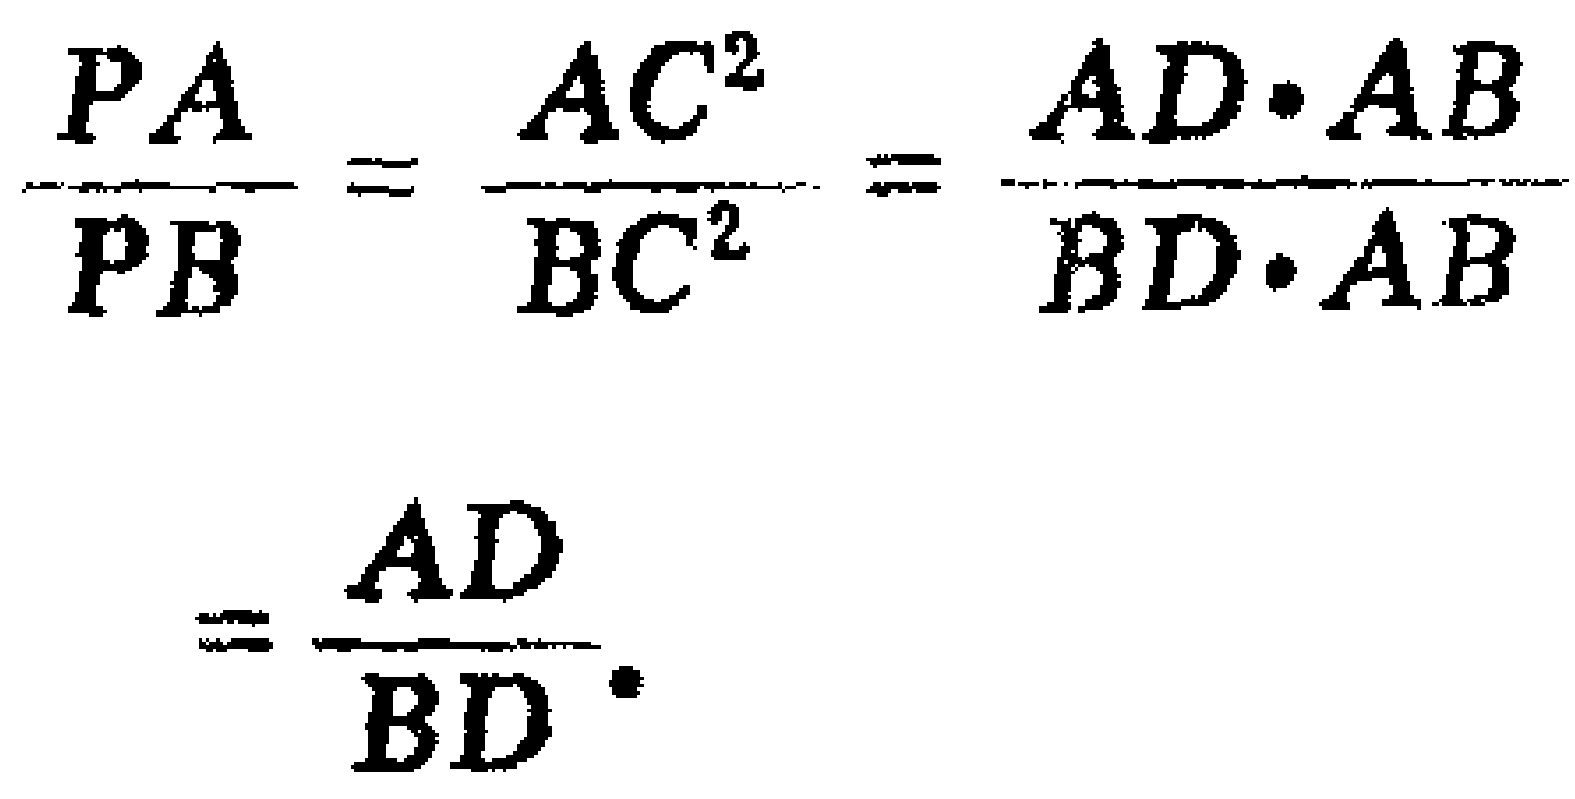
\[\frac{PA}{PB}=\frac{AC^{2}}{BC^{2}}=\frac{AD\cdot AB}{BD\cdot AB}=\frac{AD}{BD}.\]